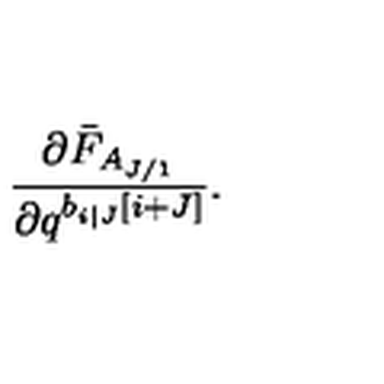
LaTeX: \frac { \partial \bar { F } _ { A _ { J / 1 } } } { \partial q ^ { b _ { i | J } \left[ i + J \right] } } .